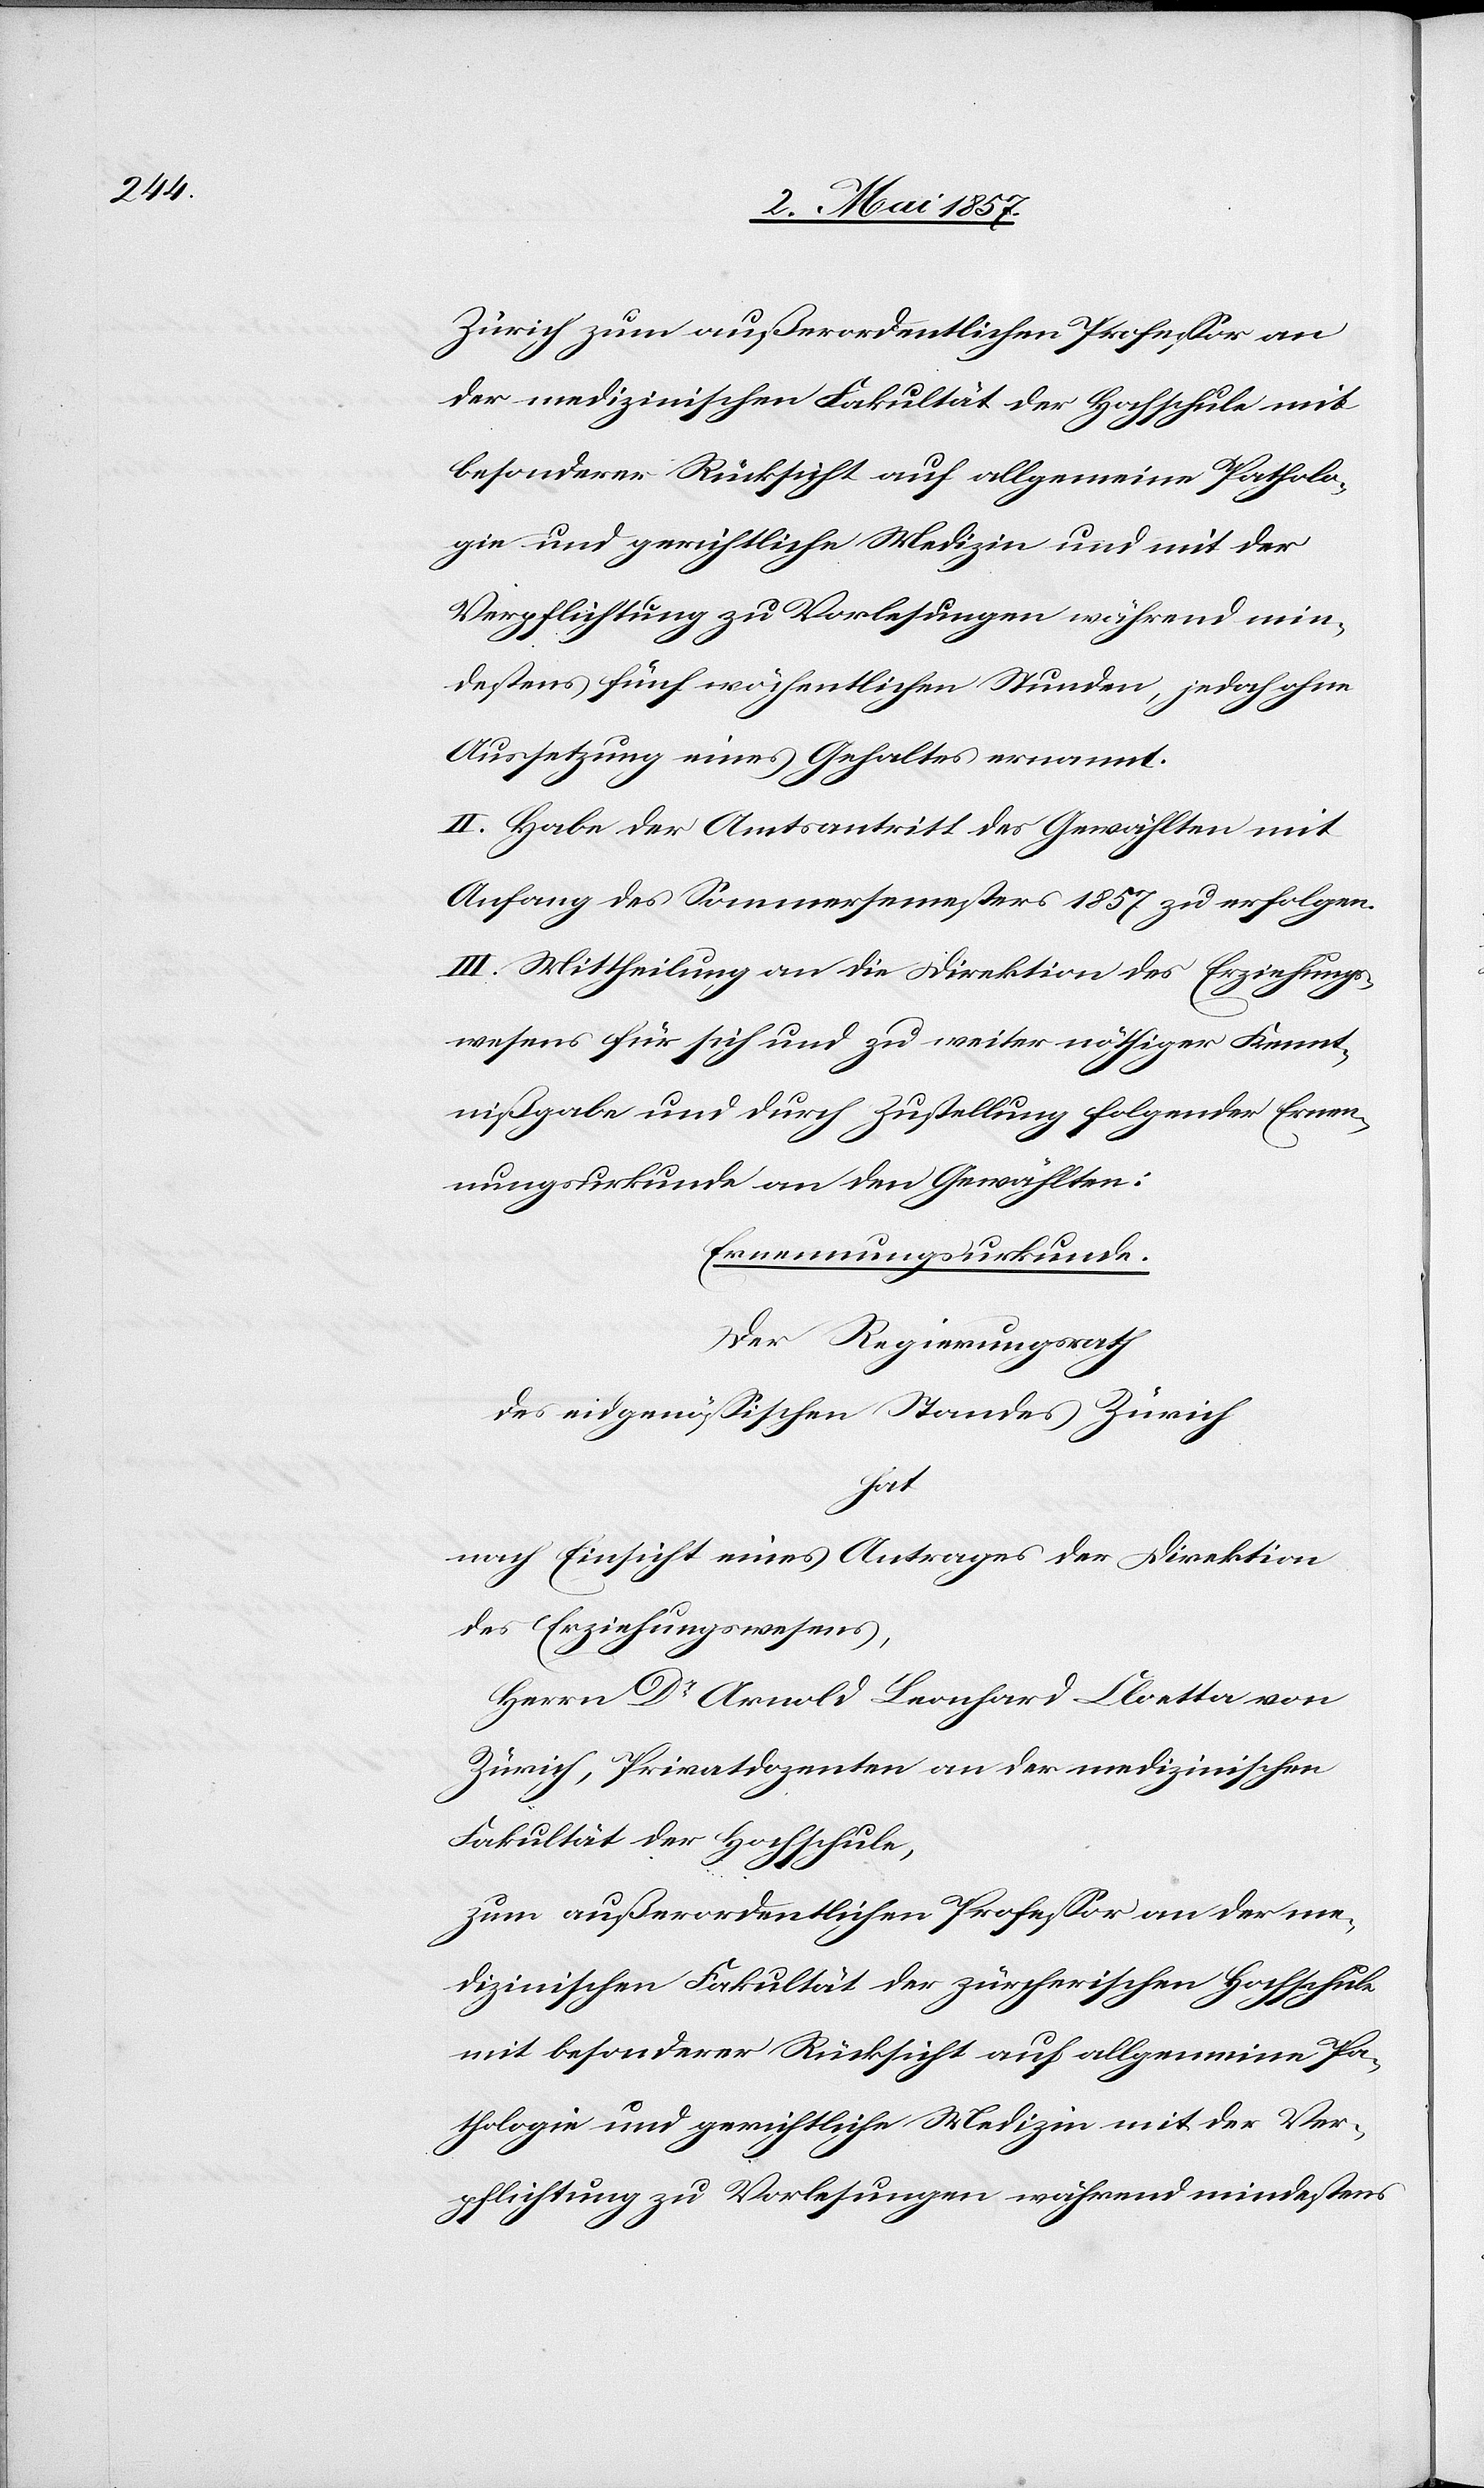
Zürich zum außerordentlichen Professor an
der medizinischen Fakultät der Hochschule mit
besonderer Rücksicht auf allgemeine Patholo¬
gie und gerichtliche Medizin und mit der
Verpflichtung zu Vorlesungen während min¬
destens fünf wöchentlichen Stunden, jedoch ohne
Aussetzung eines Gehaltes ernannt.
II. Habe der Amtsantritt des Gewählten mit
Anfang des Sommersemesters 1857 zu erfolgen.
III. Mittheilung an die Direktion des Erziehung¬
wesens für sich und zu weiter nöthiger Kennt¬
nißgabe und durch Zustellung folgender Ernen¬
nungsurkunde an den Gewählten:
Ernennungsurkunde.
Der Regierungsrath
des eidgenössischen Standes Zürich
hat
nach Einsicht eines Antrages der Direktion
des Erziehungswesens,
Herrn Dr Arnold Leonhard Cloetta von
Zürich, Privatdozenten an der medizinischen
Fakultät der Hochschule,
zum außerordentlichen Professor an der me¬
dizinischen Fakultät der zürcherischen Hochschule
mit besonderer Rücksicht auf allgemeine Pa¬
thologie und gerichtliche Medizin mit der Ver¬
pflichtung zu Vorlesungen während mindestens